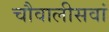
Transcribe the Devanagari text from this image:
चौवालीसवां